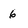
Character: 6